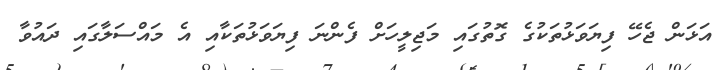
އަޅަން ޖެހޭ ފިޔަވަޅުތަކުގެ ގޮތުގައި މަޖިލީހަށް ފެންނަ ފިޔަވަޅުތަކާއި އެ މައްސަލާގައި ދައުވާ